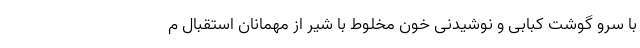
با سرو گوشت کبابی و نوشیدنی خون مخلوط با شیر از مهمانان استقبال م